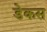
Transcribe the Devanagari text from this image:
डेकस